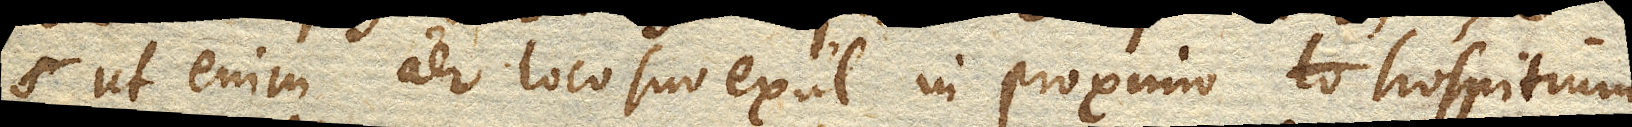
ut enim aer loco suo exul in proximo hospitium